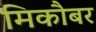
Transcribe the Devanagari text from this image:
मिकौबर